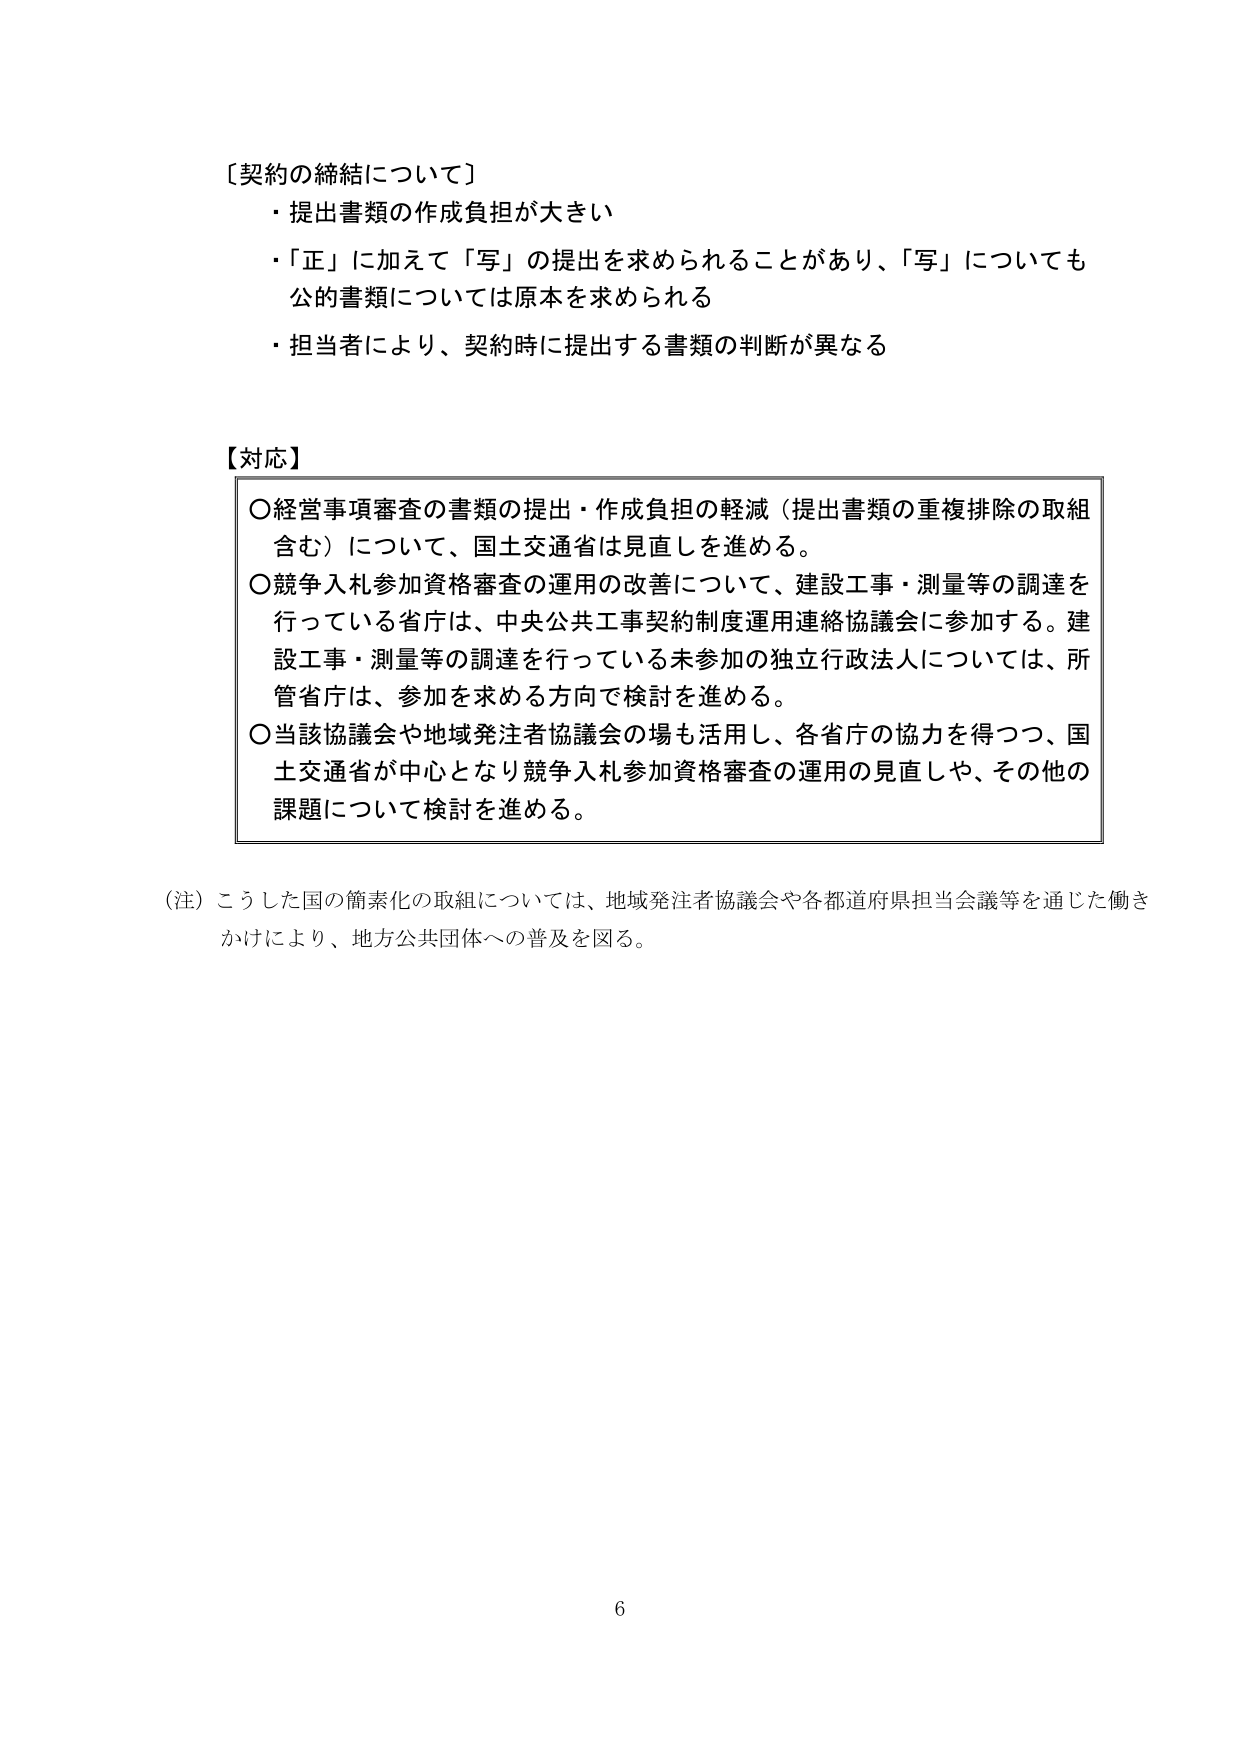
〔契約の締結について〕
・提出書類の作成負担が大きい
・「正」に加えて「写」の提出を求められることがあり、「写」についても公的書類については原本を求められる
・担当者により、契約時に提出する書類の判断が異なる

【対応】
○経営事項審査の書類の提出・作成負担の軽減（提出書類の重複排除の取組含む）について、国土交通省は見直しを進める。
○競争入札参加資格審査の運用の改善について、建設工事・測量等の調達を行っている省庁は、中央公共工事契約制度運用連絡協議会に参加する。建設工事・測量等の調達を行っている未参加の独立行政法人については、所管省庁は、参加を求める方向で検討を進める。
○当該協議会や地域発注者協議会の場も活用し、各省庁の協力を得つつ、国土交通省が中心となり競争入札参加資格審査の運用の見直しや、その他の課題について検討を進める。

（注）こうした国の簡素化の取組については、地域発注者協議会や各都道府県担当会議等を通じた働きかけにより、地方公共団体への普及を図る。

6